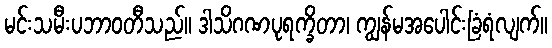
မင်းသမီးပဘာဝတီသည်။ ဒါသိဂဏပုရက္ခိတာ၊ ကျွန်မအပေါင်းခြံရံလျက်။